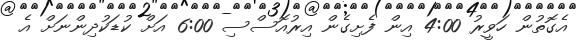
އެގޮތުން ހަވީރު 4:00 އިން ފެށިގެން އިރުއޮސްސި 6:00 އަށް ކުޑަކުދިންނަށް އެ